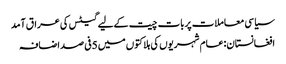
سیاسی معاملات پربات چیت کےلیے گیٹس کی عراق آمد
افغانستان:عام شہریوں کی ہلاکتوں میں 5فی صد اضافہ